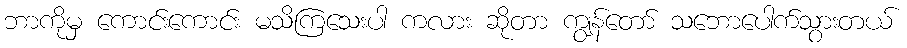
ဘာကိုမှ ကောင်းကောင်း မသိကြသေးပါ ကလား ဆိုတာ ကျွန်တော် သဘောပေါက်သွားတယ်